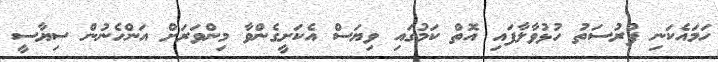
ހަމައެކަނި ފުރުސަތު ހުޅުވާލާފައި އޮތް ކަމުގައި ވިޔަސް އެކަށީގެންވާ މިންވަރަށް އަންހެނުން ސިޔާސީ